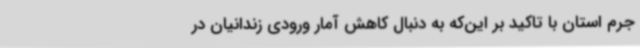
جرم استان با تاکید بر این‌که به دنبال کاهش آمار ورودی زندانیان در